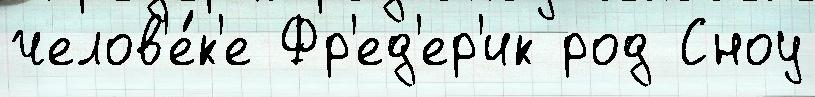
челов'е́к'е Фр'ед'ер'ик род Сноу